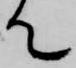
て